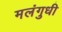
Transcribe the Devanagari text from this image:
मलंगुधी